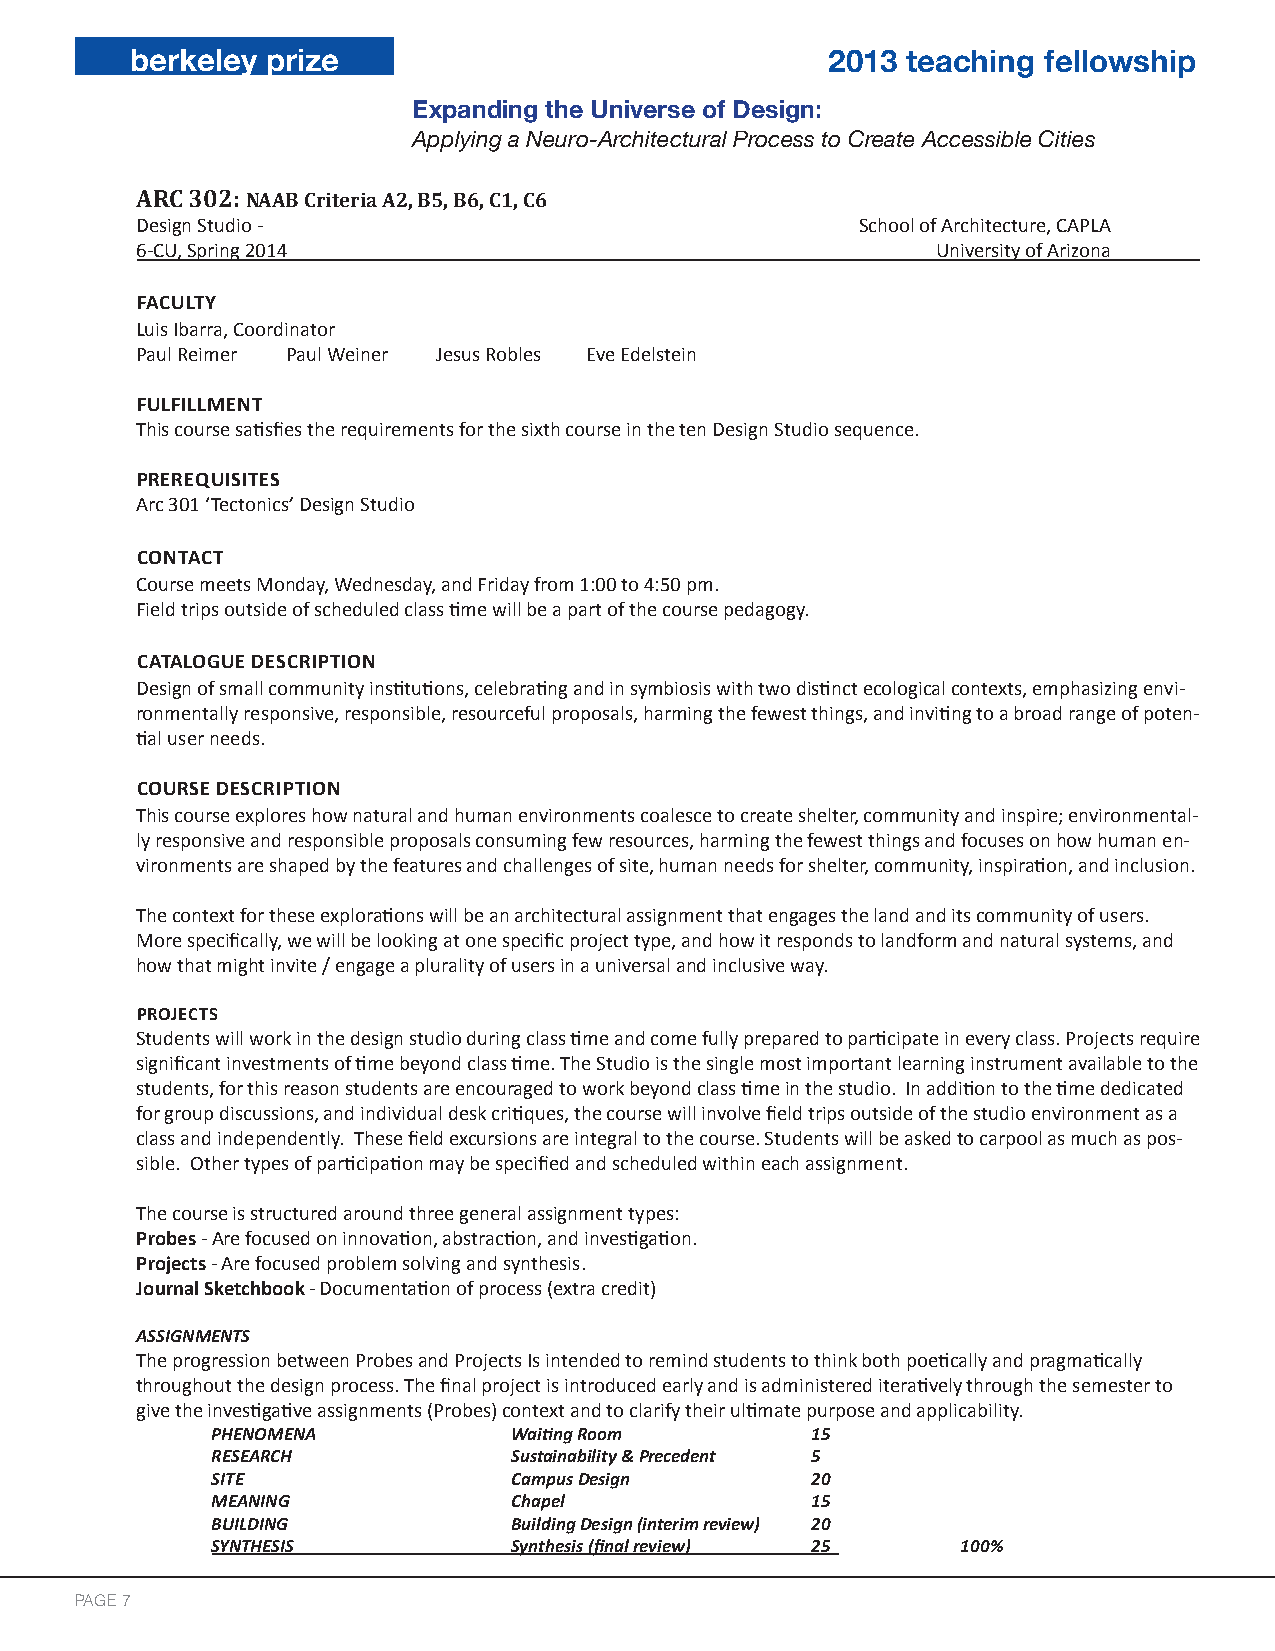
berkeley prize                                2013 teaching fellowship
 Expanding the Universe of Design:
 Applying a Neuro-Architectural Process to Create Accessible Cities
 ARC 302: NAAB Criteria A2, B5, B6, C1, C6
 Design Studio -                                 School of Architecture, CAPLA
 6-CU, Spring 2014                                    University of Arizona
 FACULTY
 Luis Ibarra, Coordinator
 Paul Reimer Paul Weiner Jesus Robles Eve Edelstein
 FULFILLMENT
 This course satisfies the requirements for the sixth course in the ten Design Studio sequence.
 PREREQUISITES
 Arc 301 ‘Tectonics’ Design Studio
 CONTACT
 Course meets Monday, Wednesday, and Friday from 1:00 to 4:50 pm.
 Field trips outside of scheduled class time will be a part of the course pedagogy.
 CATALOGUE DESCRIPTION
 Design of small community institutions, celebrating and in symbiosis with two distinct ecological contexts, emphasizing envi-
 ronmentally responsive, responsible, resourceful proposals, harming the fewest things, and inviting to a broad range of poten-
 tial user needs.
 COURSE DESCRIPTION
 This course explores how natural and human environments coalesce to create shelter, community and inspire; environmental-
 ly responsive and responsible proposals consuming few resources, harming the fewest things and focuses on how human en-
 vironments are shaped by the features and challenges of site, human needs for shelter, community, inspiration, and inclusion.
 The context for these explorations will be an architectural assignment that engages the land and its community of users.
 More specifically, we will be looking at one specific project type, and how it responds to landform and natural systems, and
 how that might invite / engage a plurality of users in a universal and inclusive way.
 PROJECTS
 Students will work in the design studio during class time and come fully prepared to participate in every class. Projects require
 significant investments of time beyond class time. The Studio is the single most important learning instrument available to the
 students, for this reason students are encouraged to work beyond class time in the studio. In addition to the time dedicated
 for group discussions, and individual desk critiques, the course will involve field trips outside of the studio environment as a
 class and independently. These field excursions are integral to the course. Students will be asked to carpool as much as pos-
 sible. Other types of participation may be specified and scheduled within each assignment.
 The course is structured around three general assignment types:
 Probes - Are focused on innovation, abstraction, and investigation.
 Projects - Are focused problem solving and synthesis.
 Journal Sketchbook - Documentation of process (extra credit)
 ASSIGNMENTS
 The progression between Probes and Projects Is intended to remind students to think both poetically and pragmatically
 throughout the design process. The final project is introduced early and is administered iteratively through the semester to
 give the investigative assignments (Probes) context and to clarify their ultimate purpose and applicability.
 PHENOMENA           Waiting Room        15
 RESEARCH            Sustainability & Precedent 5
 SITE                Campus Design       20
 MEANING             Chapel              15
 BUILDING            Building Design (interim review) 20
 SYNTHESIS           Synthesis (final review) 25   100%
 PPAAGGEE 7